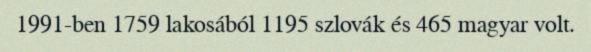
1991-ben 1759 lakosából 1195 szlovák és 465 magyar volt.